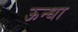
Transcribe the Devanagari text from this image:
ऊन्धा